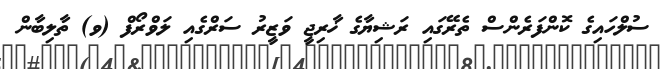
ސުލްހައިގެ ކޮންފަރެންސް ތެރޭގައި ރަޝިޔާގެ ޚާރިޖީ ވަޒީރު ސަރްގެއި ލަވްރޯފް (ވ) ތާލިބާން